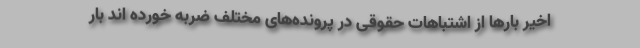
اخیر بارها از اشتباهات حقوقی در پرونده‌های مختلف ضربه خورده اند بار